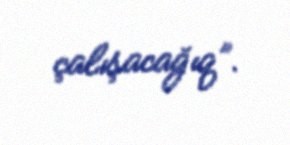
çalışacağıq”.